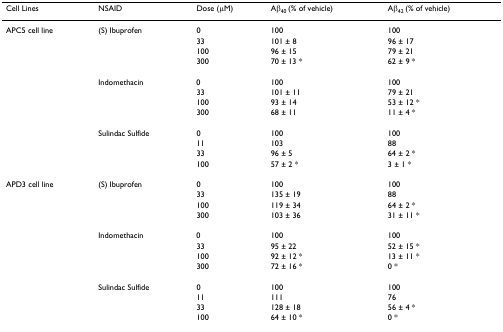
| Cell Lines | NSAID | Dose (μM) | Aβ40 (% of vehicle) | Aβ42 (% of vehicle) |
 | --- | --- | --- | --- | --- |
 | APC5 cell line | (S) Ibuprofen | 0 | 100 | 100 |
 |  |  | 33 | 101 ± 8 | 96 ± 17 |
 |  |  | 100 | 96 ± 15 | 79 ± 21 |
 |  |  | 300 | 70 ± 13 * | 62 ± 9 * |
 |  | Indomethacin | 0 | 100 | 100 |
 |  |  | 33 | 101 ± 11 | 79 ± 21 |
 |  |  | 100 | 93 ± 14 | 53 ± 12 * |
 |  |  | 300 | 68 ± 11 | 11 ± 4 * |
 |  | Sulindac Sulfide | 0 | 100 | 100 |
 |  |  | 11 | 103 | 88 |
 |  |  | 33 | 96 ± 5 | 64 ± 2 * |
 |  |  | 100 | 57 ± 2 * | 3 ± 1 * |
 | APD3 cell line | (S) Ibuprofen | 0 | 100 | 100 |
 |  |  | 33 | 135 ± 19 | 88 |
 |  |  | 100 | 119 ± 34 | 64 ± 2 * |
 |  |  | 300 | 103 ± 36 | 31 ± 11 * |
 |  | Indomethacin | 0 | 100 | 100 |
 |  |  | 33 | 95 ± 22 | 52 ± 15 * |
 |  |  | 100 | 92 ± 12 * | 13 ± 11 * |
 |  |  | 300 | 72 ± 16 * | 0 * |
 |  | Sulindac Sulfide | 0 | 100 | 100 |
 |  |  | 11 | 111 | 76 |
 |  |  | 33 | 128 ± 18 | 56 ± 4 * |
 |  |  | 100 | 64 ± 10 * | 0 * |